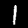
Label: 1